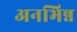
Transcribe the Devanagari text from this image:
अनभिन्न